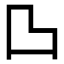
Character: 𱍫